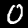
Digit: 0